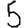
Digit: 5